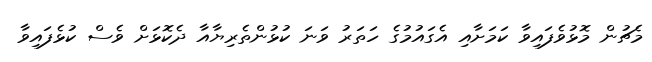
މެޗުން މޮޅުވެފައިވާ ކަމަށާއި އެގައުމުގެ ހަތަރު ވަނަ ކުޅުުންތެރިޔާއާ ދެކޮޅަށް ވެސް ކުޅެފައިވާ